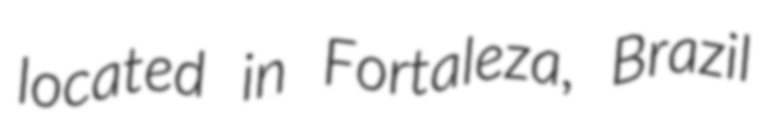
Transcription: located in Fortaleza, Brazil